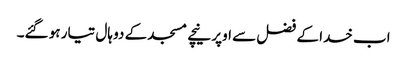
اب خدا کے فضل سے اوپر نیچے مسجد کے دو ہال تیار ہو گئے۔